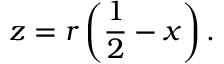
z = r \left( { \frac { 1 } { 2 } } - x \right) .